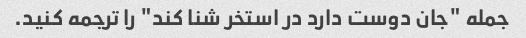
جمله "جان دوست دارد در استخر شنا کند" را ترجمه کنید.